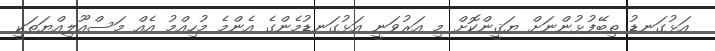
އަޅުގަނޑު ތިބޭފުޅުންނަށް ޔަޤީންކޮށް މި އަރުވަނީ އަޅުގަނޑުމެންގެ އެންމެ މުހިއްމު އެއް މަސްއޫލިއްޔަތަކީ